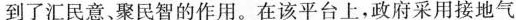
到了汇民意，聚民智的作用。在该平台上，政府采用接地气